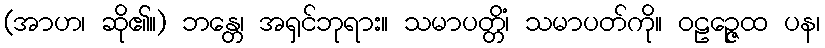
(အာဟ၊ ဆို၏။) ဘန္တေ၊ အရှင်ဘုရား။ သမာပတ္တိံ၊ သမာပတ်ကို။ ဝဠဉ္ဇေထ ပန၊